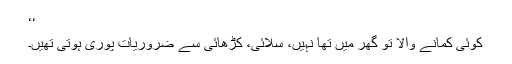
‘‘
کوئی کمانے والا تو گھر میں تھا نہیں، سلائی، کڑھائی سے ضروریات پوری ہوتی تھیں۔